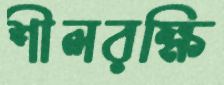
শীলরক্ষি